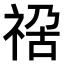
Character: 𥚁